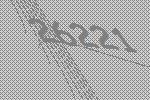
26221